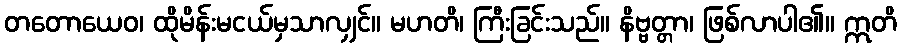
တတောယေဝ၊ ထိုမိန်းမငယ်မှသာလျှင်။ မဟတိ၊ ကြီးခြင်းသည်။ နိဗ္ဗတ္တာ၊ ဖြစ်လာပါ၏။ ဣတိ